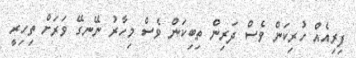
ފިރިއެއް ހުރިކަން ވެސް ދަރިން ތިބިކަން ވެސް މިހާރު ނޭނގޭ ވަރަށް ތިހިރީ